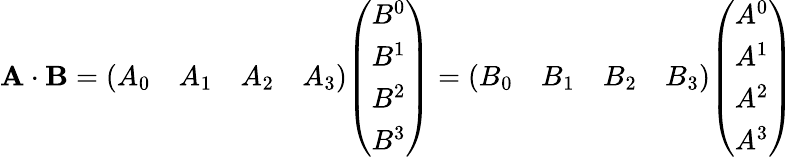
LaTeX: \mathbf{A\cdot B}={\left(\begin{array}{llll}{A_{0}}&{A_{1}}&{A_{2}}&{A_{3}}\end{array}\right)}{\left(\begin{array}{l}{B^{0}}\\ {B^{1}}\\ {B^{2}}\\ {B^{3}}\end{array}\right)}={\left(\begin{array}{llll}{B_{0}}&{B_{1}}&{B_{2}}&{B_{3}}\end{array}\right)}{\left(\begin{array}{l}{A^{0}}\\ {A^{1}}\\ {A^{2}}\\ {A^{3}}\end{array}\right)}